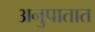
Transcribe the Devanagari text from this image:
अनुपातात